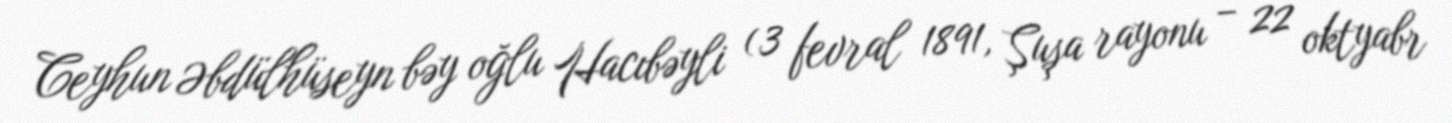
Ceyhun Əbdülhüseyn bəy oğlu Hacıbəyli (3 fevral 1891, Şuşa rayonu – 22 oktyabr